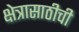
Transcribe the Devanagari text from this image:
क्षेत्रासाठीची